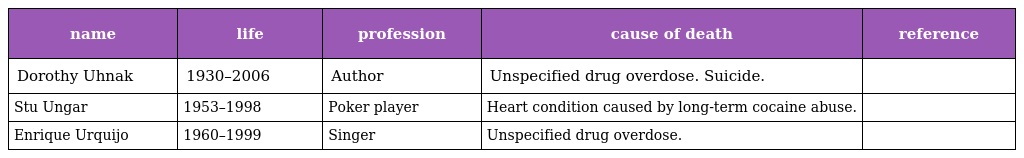
| name | life | profession | cause of death | reference |
 | --- | --- | --- | --- | --- |
 | Dorothy Uhnak | 1930–2006 | Author | Unspecified drug overdose. Suicide. |  |
 | Stu Ungar | 1953–1998 | Poker player | Heart condition caused by long-term cocaine abuse. |  |
 | Enrique Urquijo | 1960–1999 | Singer | Unspecified drug overdose. |  |